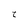
Character: t